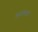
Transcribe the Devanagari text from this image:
हजरावारी